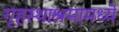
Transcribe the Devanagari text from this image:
गृहस्थाश्रमामध्ये